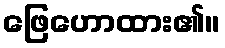
ဖြေဟောထား၏။